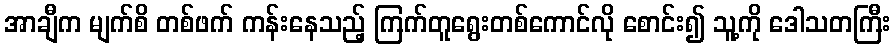
အာချီက မျက်စိ တစ်ဖက် ကန်းနေသည့် ကြက်တူရွေးတစ်ကောင်လို စောင်း၍ သူ့ကို ဒေါသတကြီး